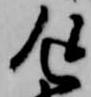
返